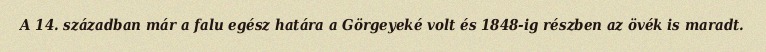
A 14. században már a falu egész határa a Görgeyeké volt és 1848-ig részben az övék is maradt.